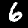
Digit: 6